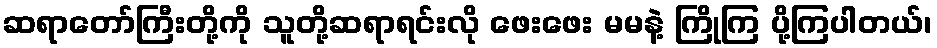
ဆရာတော်ကြီးတို့ကို သူတို့ဆရာရင်းလို ဖေးဖေး မမနဲ့ ကြိုကြ ပို့ကြပါတယ်၊